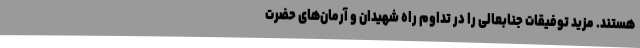
هستند. مزید توفیقات جنابعالی را در تداوم راه شهیدان و آرمان‌های حضرت